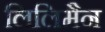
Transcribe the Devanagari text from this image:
लिलिमैन